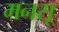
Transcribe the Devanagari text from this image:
मनसू